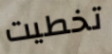
تخطيت